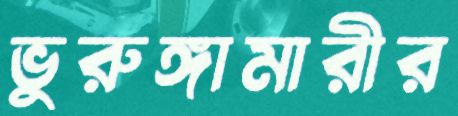
ভুরুঙ্গামারীর